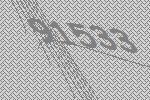
91533